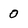
Character: 0